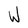
Character: W